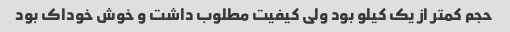
حجم کمتر از یک کیلو بود ولی کیفیت مطلوب داشت و خوش خوداک بود